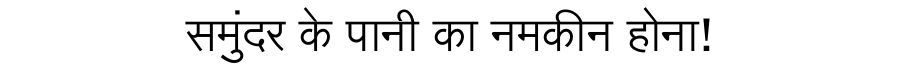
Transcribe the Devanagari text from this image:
समुंदर के पानी का नमकीन होना!